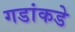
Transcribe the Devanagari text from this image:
गडांकडे